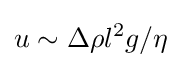
u\sim \Delta \rho l^{2}g/\eta